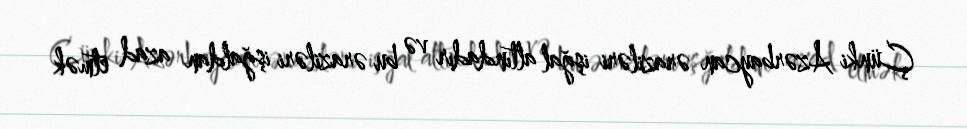
Çünki Azərbaycan əraziləri işğal altındadır və bu əraziləri işğaldan azad etmək